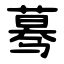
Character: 蓦